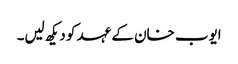
ایوب خان کے عہد کو دیکھ لیں۔